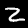
Digit: 2